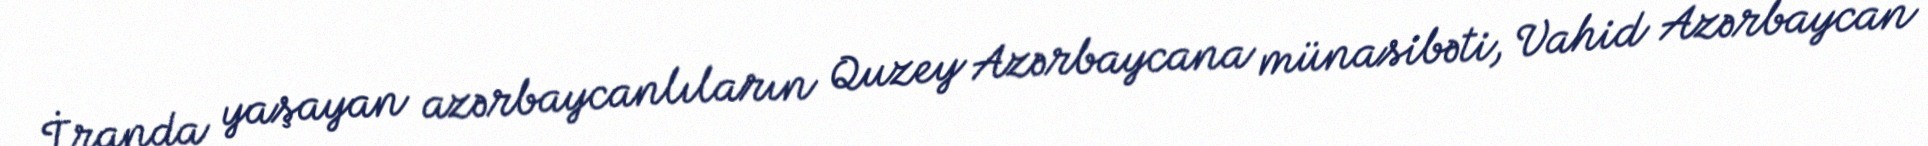
İranda yaşayan azərbaycanlıların Quzey Azərbaycana münasibəti, Vahid Azərbaycan